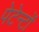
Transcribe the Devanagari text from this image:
पेटेन्टों